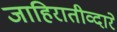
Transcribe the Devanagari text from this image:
जाहिरातीव्दारे